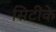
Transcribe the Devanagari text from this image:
सिटीके